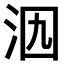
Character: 𣲶